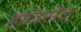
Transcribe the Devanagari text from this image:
हैविसेट